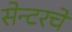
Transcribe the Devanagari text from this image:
सेन्टरचे